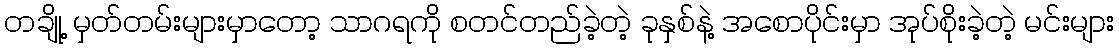
တချို့ မှတ်တမ်းများမှာတော့ သာဂရကို စတင်တည်ခဲ့တဲ့ ခုနှစ်နဲ့ အစောပိုင်းမှာ အုပ်စိုးခဲ့တဲ့ မင်းများ